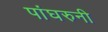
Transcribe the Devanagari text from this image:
पांघरुनी